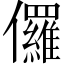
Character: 儸